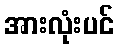
အားလုံးပင်